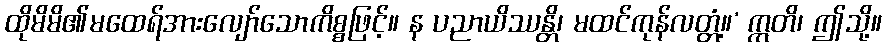
ထိုမိမိ၏မထေရ်အားလျော်သောကိစ္စဖြင့်။ န ပညာယိဿန္တိ၊ မထင်ကုန်လတ္တံ့။’ ဣတိ၊ ဤသို့။